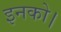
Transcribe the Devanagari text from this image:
इनको।